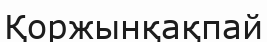
Қоржынқақпай